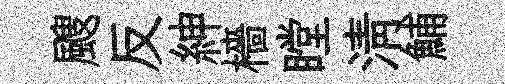
颼反紳檣瞠淸鯆